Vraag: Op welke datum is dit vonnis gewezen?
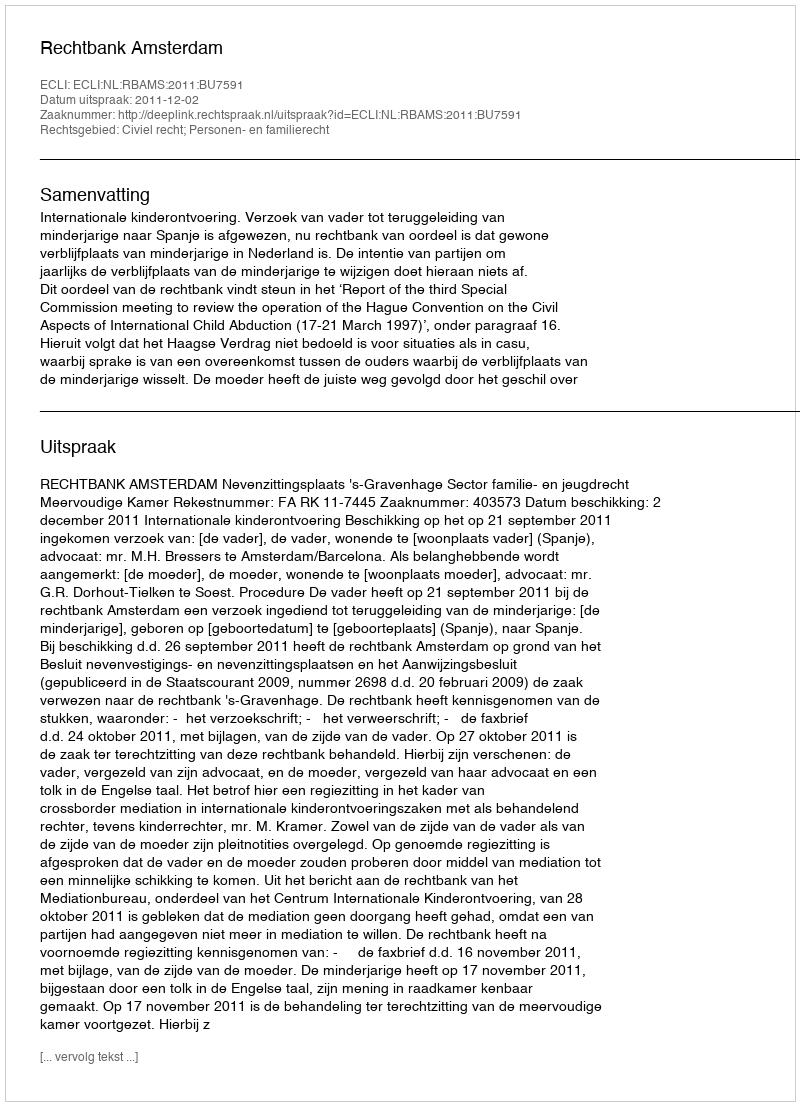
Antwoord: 2011-12-02